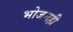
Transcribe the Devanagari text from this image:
भोजनही